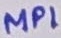
Text: MP1